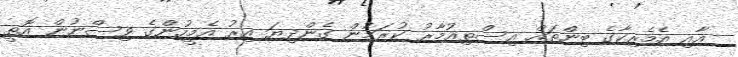
އާއި އެމެރިކާގެ ބިންތައް އިސްތިޢުމާރު ކުރަމުން ގެންދިޔަ އިރު އެމީހުންގެ ވިސްނުން އޮތީ